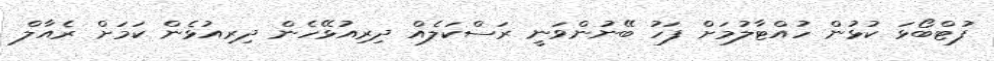
ފުޓްބޯޅަ ކުޅުން ހުއްޓާލުމަށް ފަހު ބޭނުންވަނީ ރަސްކަލެއް ދިރިއުޅޭހެން ދިރިއުޅެން ކަމަށް ރެއާލް